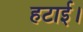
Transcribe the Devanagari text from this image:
हटाई।